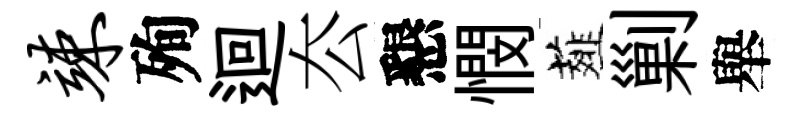
竦殉迴厺懇憫薤剿舉